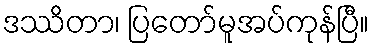
ဒဿိတာ၊ ပြတော်မူအပ်ကုန်ပြီ။